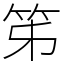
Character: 笫